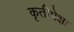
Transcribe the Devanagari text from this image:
कृतीपेक्षा